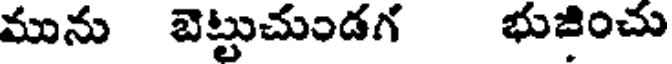
మును బెట్టుచుండగ భుజించు